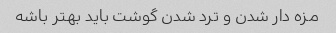
مزه دار شدن و ترد شدن گوشت باید بهتر باشه